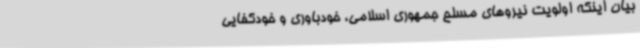
بیان اینکه اولویت نیروهای مسلح جمهوری اسلامی، خودباوری و خودکفایی